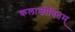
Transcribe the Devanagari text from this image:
कलाजीवितम्